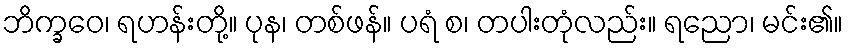
ဘိက္ခဝေ၊ ရဟန်းတို့။ ပုန၊ တစ်ဖန်။ ပရံ စ၊ တပါးတုံလည်း။ ရညော၊ မင်း၏။